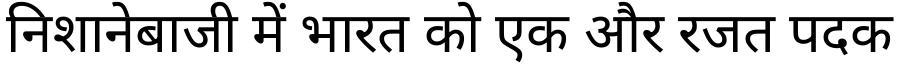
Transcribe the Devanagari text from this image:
निशानेबाजी में भारत को एक और रजत पदक